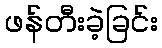
ဖန်တီးခဲ့ခြင်း